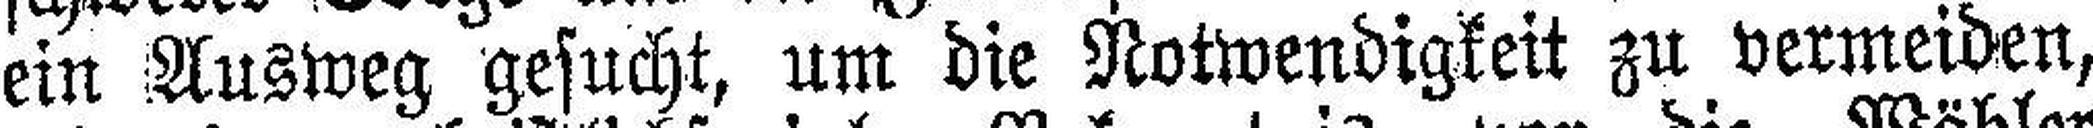
ein Ausweg gesucht, um die Notwendigkeit zu vermeiden,